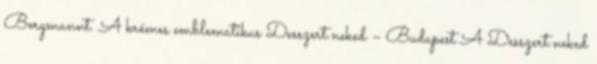
Bergmannt. A krémes emblematikus Desszert.neked – Budapest A Desszert.neked